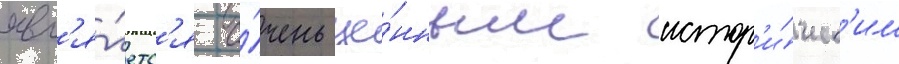
явл'я́етс'я о́чень це́нным истор'и́ческ'им